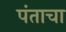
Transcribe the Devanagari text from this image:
पंताचा